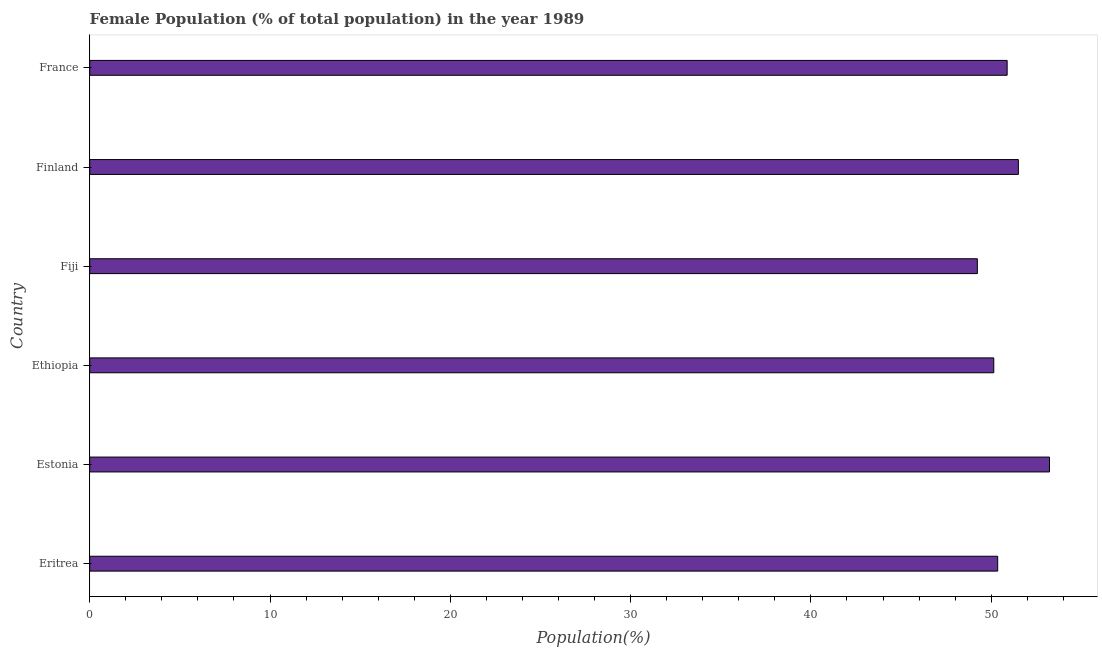
| Country | Female |
 | --- | --- |
 | Eritrea | 50.4 |
 | Estonia | 53.2 |
 | Ethiopia | 50.1 |
 | Fiji | 49.2 |
 | Finland | 51.5 |
 | France | 50.9 |